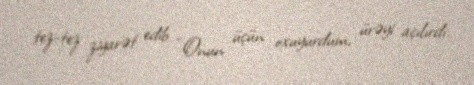
tez-tez ziyarət edib: “Onun üçün oxuyurdum, ürəyi açılırdı.